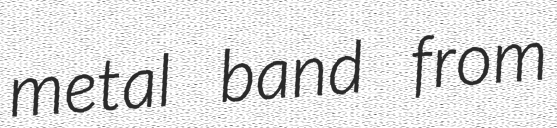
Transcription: metal band from